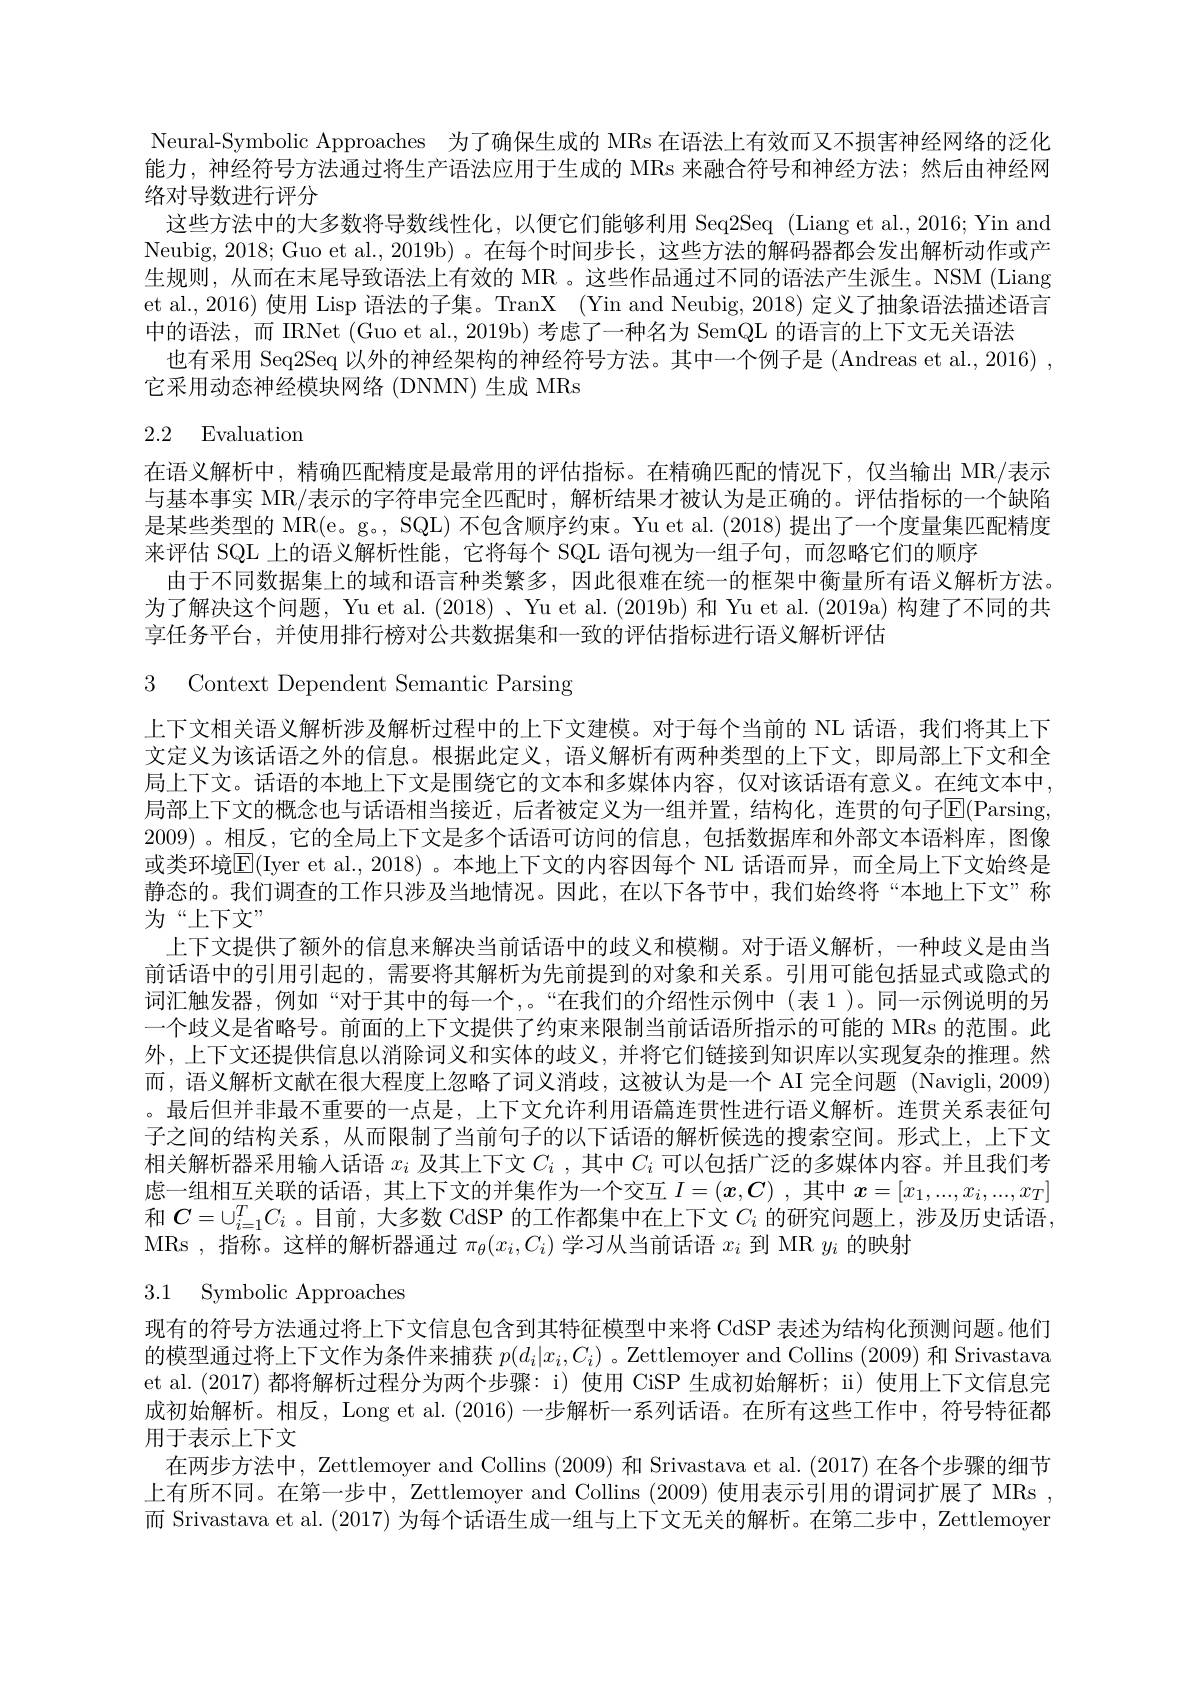
Neural-Symbolic Approaches 为了确保生成的 MRs 在语法上有效而又不损害神经网络的泛化能力，神经符号方法通过将生产语法应用于生成的 MRs 来融合符号和神经方法；然后由神经网络对导数进行评分
这些方法中的大多数将导数线性化，以便它们能够利用 Seq2Seq (Liang et al.,2016; Yin and Neubig, 2018; Guo et al., 2019b) 。在每个时间步长，这些方法的解码器都会发出解析动作或产生规则，从而在末尾导致语法上有效的 MR 。这些作品通过不同的语法产生派生。NSM (Liang et al., 2016) 使用 Lisp 语法的子集。TranX (Yin and Neubig, 2018) 定义了抽象语法描述语言中的语法，而 IRNet (Guo et al., 2019b) 考虑了一种名为 SemQL 的语言的上下文无关语法
也有采用 Seq2Seq 以外的神经架构的神经符号方法。其中一个例子是 (Andreas et al., 2016) ,
它采用动态神经模块网络 (DNMN) 生成 MRs

# 2.2 Evaluation

在语义解析中，精确匹配精度是最常用的评估指标。在精确匹配的情况下，仅当输出 MR/表示

与基本事实 MR/表示的字符串完全匹配时，解析结果才被认为是正确的。评估指标的一个缺陷

是某些类型的 MR(e。g。, SQL) 不包含顺序约束。Yu et al. (2018) 提出了一个度量集匹配精度

来评估 SQL 上的语义解析性能 ,它将每个 SQL 语句视为一组子句，而忽略它们的顺序

由于不同数据集上的域和语言种类繁多，因此很难在统一的框架中衡量所有语义解析方法。为了解决这个问题，Yu et al. (2018) 、Yu et al. (2019b) 和 Yu et al. (2019a) 构建了不同的共享任务平台，并使用排行榜对公共数据集和一致的评估指标进行语义解析评估
3 Context Dependent Semantic Parsing
上下文相关语义解析涉及解析过程中的上下文建模。对于每个当前的 NL 话语，我们将其上下文定义为该话语之外的信息。根据此定义，语义解析有两种类型的上下文，即局部上下文和全局上下文。话语的本地上下文是围绕它的文本和多媒体内容，仅对该话语有意义。在纯文本中， 局部上下文的概念也与话语相当接近，后者被定义为一组并置，结构化，连贯的句子E(Parsing, 2009) 。相反，它的全局上下文是多个话语可访问的信息，包括数据库和外部文本语料库，图像或类环境|E(Iyer et al., 2018)。本地上下文的内容因每个 NL 话语而异，而全局上下文始终是静态的。我们调查的工作只涉及当地情况。因此，在以下各节中，我们始终将“本地上下文”称为“上下文”
上下文提供了额外的信息来解决当前话语中的歧义和模糊。对于语义解析，一种歧义是由当前话语中的引用引起的，需要将其解析为先前提到的对象和关系。引用可能包括显式或隐式的词汇触发器，例如“对于其中的每一个，。“在我们的介绍性示例中(表1)。同一示例说明的另一个歧义是省略号。前面的上下文提供了约束来限制当前话语所指示的可能的 MRs 的范围。此外，上下文还提供信息以消除词义和实体的歧义，并将它们链接到知识库以实现复杂的推理。然而，语义解析文献在很大程度上忽略了词义消歧，这被认为是一个 AI 完全问题 (Navigli, 2009) 。最后但并非最不重要的一点是，上下文允许利用语篇连贯性进行语义解析。连贯关系表征句子之间的结构关系，从而限制了当前句子的以下话语的解析候选的搜索空间。形式上，上下文相关解析器采用输人话语$x_i$及其上下文$C_i$ , 其 中 $C_i$可以包括广泛的多媒体内容。并且我们考虑一组相互关联的话语，其上下文的并集作为一个交互$I=(x,C)$ ,其中$x=[x_1,...,x_i,...,x_T]$ 和$C=\cup_{i=1}^TC_i$ 。目前，大多数 CdSP 的工作都集中在上下文$C_i$的研究问题上，涉及历史话语， MRs , 指称。这样的解析器通过$\pi_\theta(x_i,C_i)$学习从当前话语$x_i$到 MR $y_i$的映射
3.1 Symbolic Approaches
现有的符号方法通过将上下文信息包含到其特征模型中来将 CdSP 表述为结构化预测问题。他们的模型通过将上下文作为条件来捕获$p(d_i|x_i,C_i)$ 。Zettlemoyer and Collins (2009) 和 Srivastava

et al.(2017)都将解析过程分为两个步骤：i)使用 CiSP 生成初始解析；ii) 使用上下文信息完成初始解析。相反，Long et al. (2016)一步解析一系列话语。在所有这些工作中，符号特征都用于表示上下文
在两步方法中，Zettlemoyer and Collins (2009)和 Srivastava et al. (2017) 在各个步骤的细节上有所不同。在第一步中，Zettlemoyer and Collins (2009) 使用表示引用的谓词扩展了 MRs , 而 Srivastava et al.(2017) 为每个话语生成一组与上下文无关的解析。在第二步中，Zettlemoyer